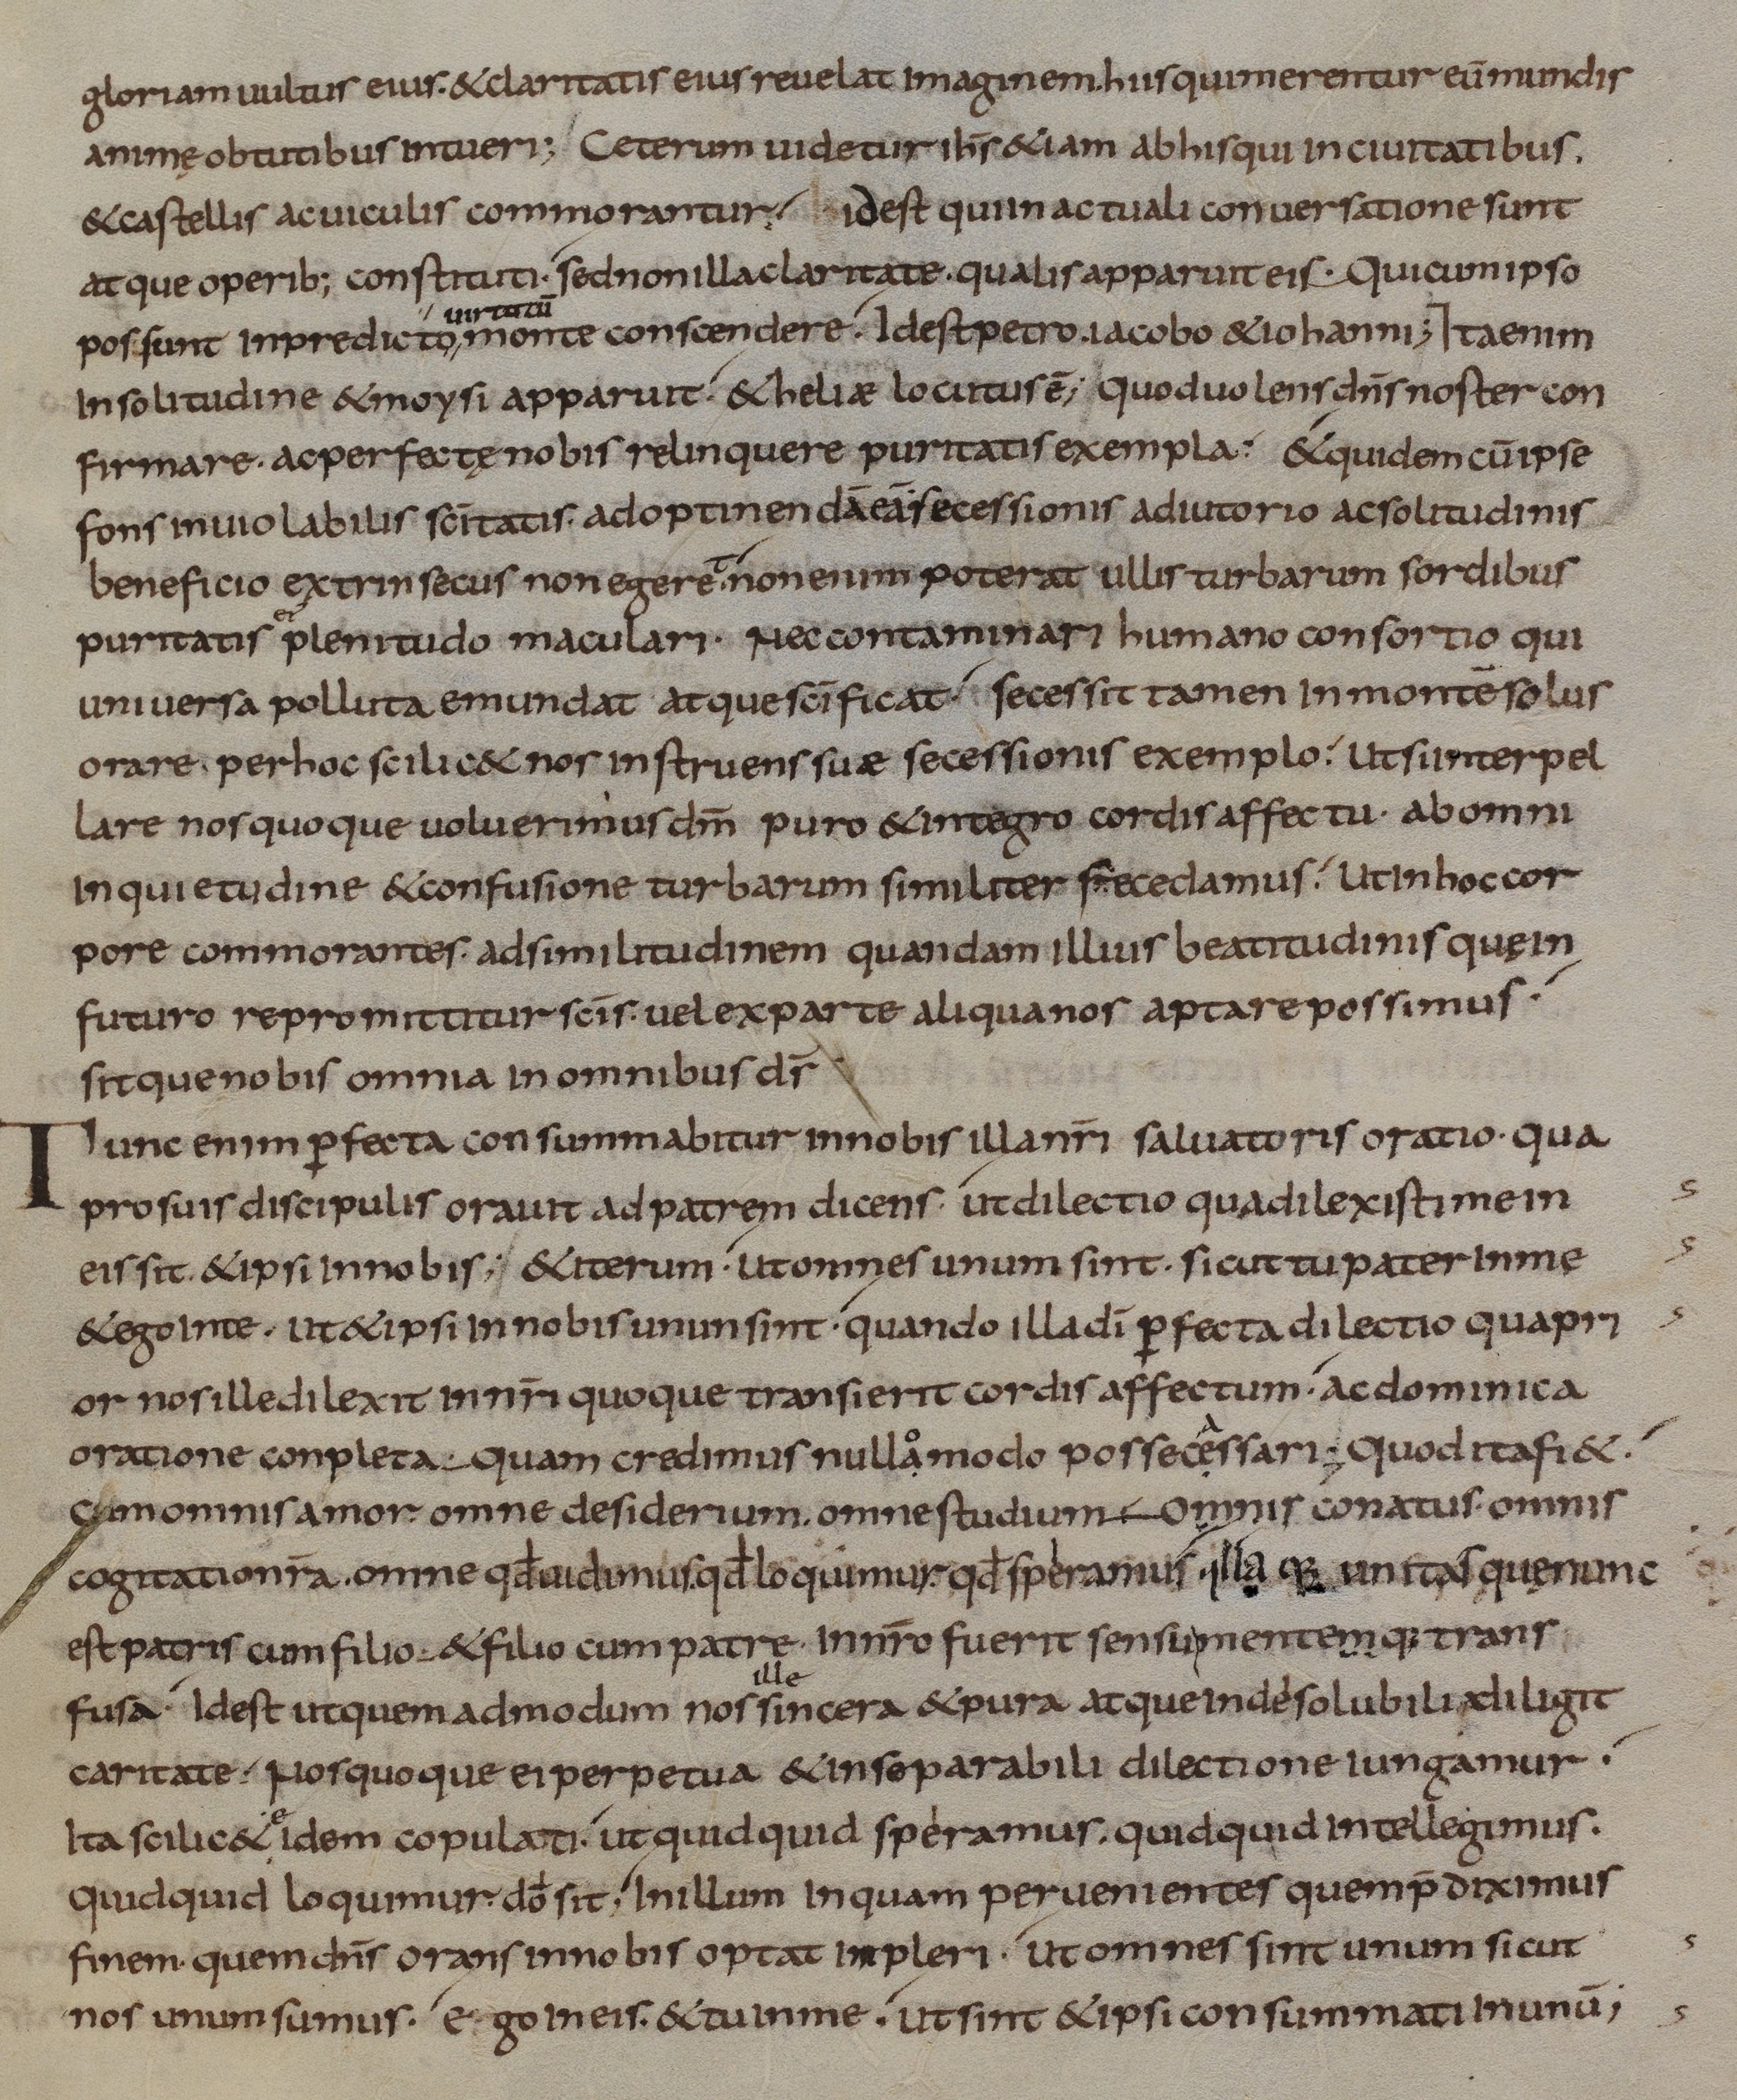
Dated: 833–865